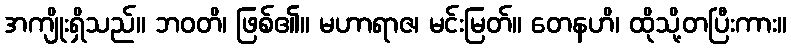
အကျိုးရှိသည်။ ဘဝတိ၊ ဖြစ်၏။ မဟာရာဇ၊ မင်းမြတ်။ တေနဟိ၊ ထိုသို့တပြီးကား။